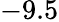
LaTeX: -9.5